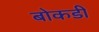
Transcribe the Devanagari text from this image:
बोकडी